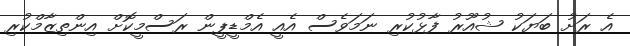
އެ ރަށު ބަޔަކު ޝުއޫރު ފާޅުކުރި ނަމަވެސް އެއީ އެމްޑީޕީން ރަސްމީކޮށް އިންތިޒާމްކުރި